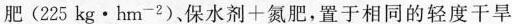
肥(225kg·hm^{-2})、保水剂+氮肥，置于相同的轻度干旱